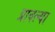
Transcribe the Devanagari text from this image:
प्रावल्या